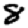
Digit: 8